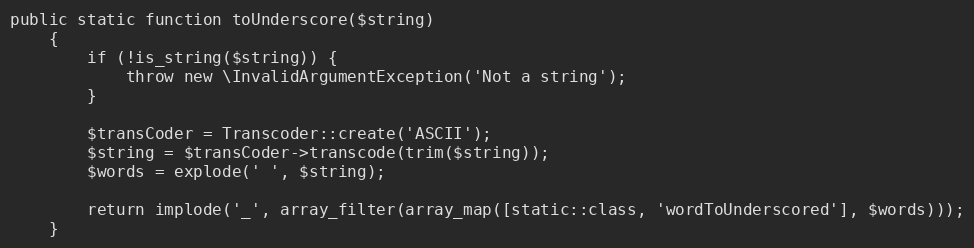
Language: PHP
public static function toUnderscore($string)
    {
        if (!is_string($string)) {
            throw new \InvalidArgumentException('Not a string');
        }

        $transCoder = Transcoder::create('ASCII');
        $string = $transCoder->transcode(trim($string));
        $words = explode(' ', $string);

        return implode('_', array_filter(array_map([static::class, 'wordToUnderscored'], $words)));
    }